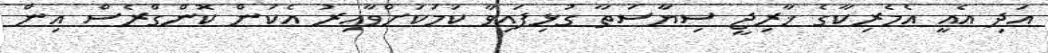
އަދި އެއީ އެމެރިކާގެ ޚާރިޖީ ސިޔާސަތާ ގުޅިފައިވާ ކަމަކަށްވާއިރު އެކަން ކޮންގްރެސް އިން